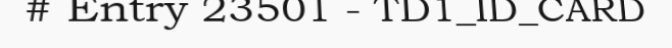
# Entry 23501 - TD1_ID_CARD